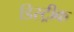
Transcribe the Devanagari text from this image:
डिस्ट्रीक